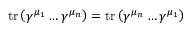
\operatorname { t r } \left( \gamma ^ { \mu _ { 1 } } \dots \gamma ^ { \mu _ { n } } \right) = \operatorname { t r } \left( \gamma ^ { \mu _ { n } } \dots \gamma ^ { \mu _ { 1 } } \right)